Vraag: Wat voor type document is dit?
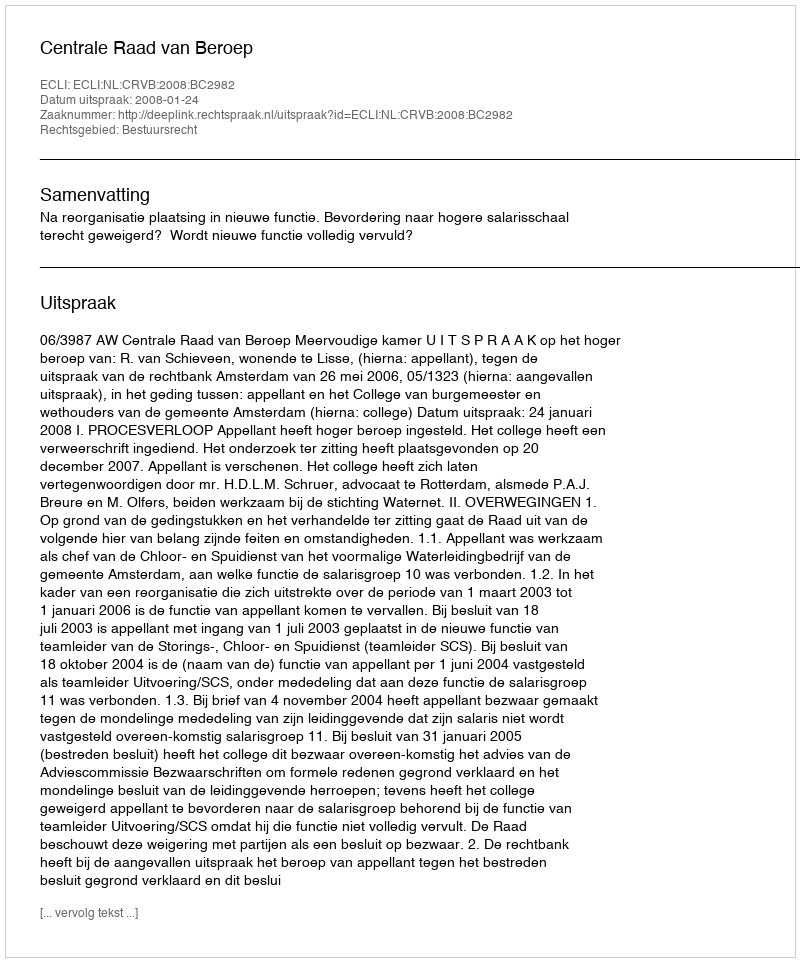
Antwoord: Uitspraak